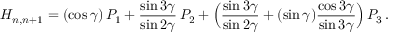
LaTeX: H _ { n , n + 1 } = ( \cos \gamma ) \, { \cal P } _ { 1 } + \frac { \sin 3 \gamma } { \sin 2 \gamma } \, { \cal P } _ { 2 } + \Bigl ( \frac { \sin 3 \gamma } { \sin 2 \gamma } + ( \sin \gamma ) \frac { \cos 3 \gamma } { \sin 3 \gamma } \Bigr ) \, { \cal P } _ { 3 } \, .